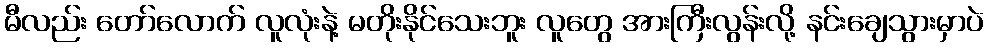
မီလည်း တော်လောက် လူလုံးနဲ့ မတိုးနိုင်သေးဘူး လူတွေ အားကြီးလွန်းလို့ နင်းချေသွားမှာပဲ